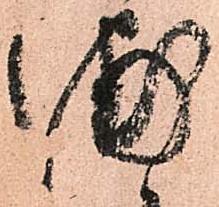
浦